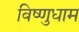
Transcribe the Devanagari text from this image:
विष्णुधाम